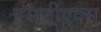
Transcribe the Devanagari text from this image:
एसजीएक्स